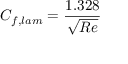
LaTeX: C _ { f , l a m } = { \frac { 1 . 3 2 8 } { \sqrt { R e } } }